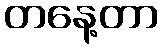
တနေ့တာ